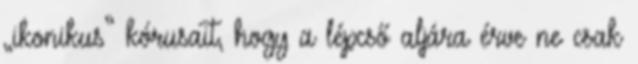
„ikonikus” kórusait, hogy a lépcső aljára érve ne csak